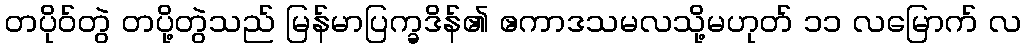
တပိုဝ်တွဲ တပို့တွဲသည် မြန်မာပြက္ခဒိန်၏ ဧကာဒသမလသို့မဟုတ် ၁၁ လမြောက် လ